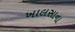
ખાલસાના